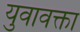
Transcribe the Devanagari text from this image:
युवावक्ता